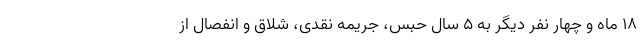
۱۸ ماه و چهار نفر دیگر به ۵ سال حبس، جریمه نقدی، شلاق و انفصال از